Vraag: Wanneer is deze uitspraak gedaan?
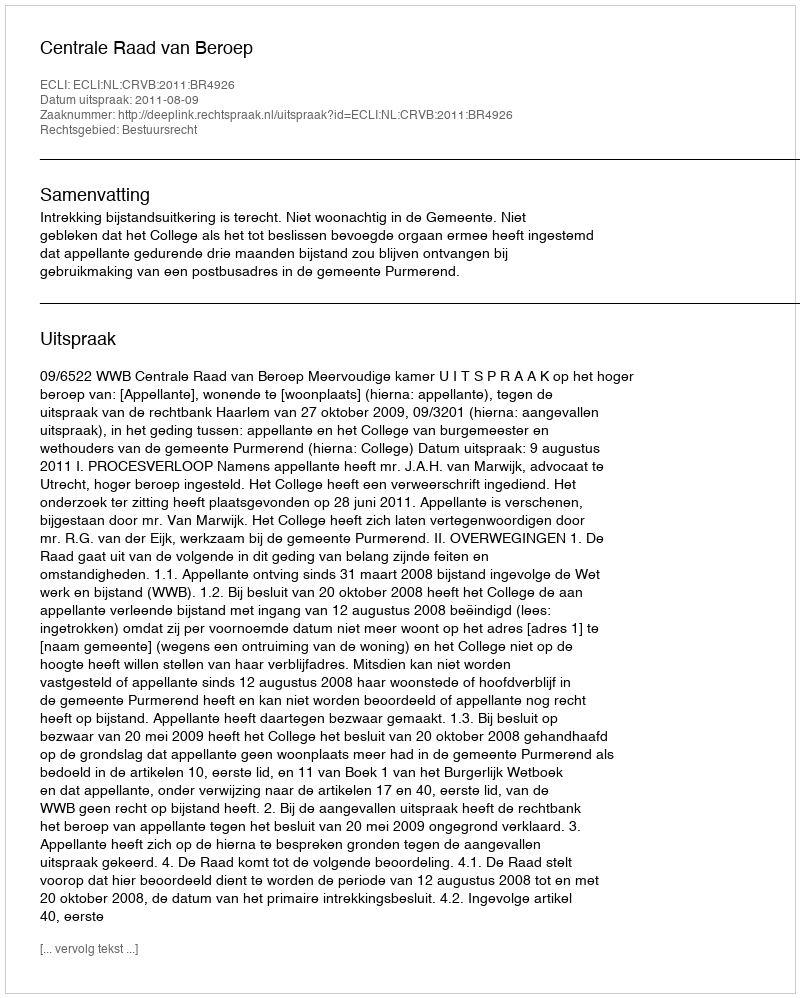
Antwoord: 2011-08-09